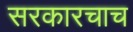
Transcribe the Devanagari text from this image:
सरकारचाच